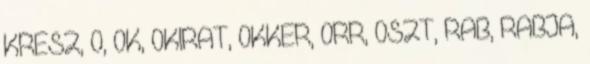
KRESZ, O, OK, OKIRAT, OKKER, ORR, OSZT, RAB, RABJA,